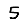
Digit: 5